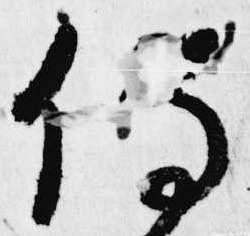
伝